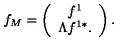
f _ { M } = \left( \begin{array} { c } { f ^ { 1 } } \\ { \Lambda f ^ { 1 * } . } \\ \end{array} \right) .